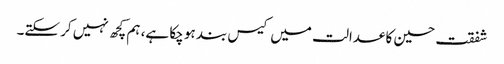
شفقت حسین کا عدالت میں کیس بند ہو چکا ہے، ہم کچھ نہیں کر سکتے۔